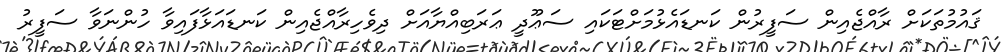
ޤައުމުތަކަށް ރާއްޖެއިން ސަފީރުން ކަނޑައެޅުމަށްޓަކައި ސަޢޫދީ ޢަރަބިއްޔާއަށް ދިވެހިރާއްޖެއިން ކަނޑައަޅާފައިވާ ހުންނަވާ ސަފީރު